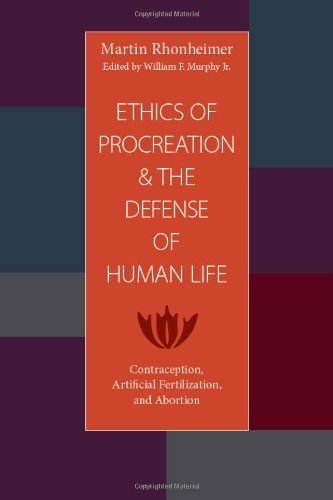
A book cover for The Ethics of Procreation and the Defense of Human Life: Contraception, Artificial Fertilization, and Abortion; Martin Rhonheimer; Politics & Social Sciences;